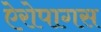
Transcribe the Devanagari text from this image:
ऐरोपागस